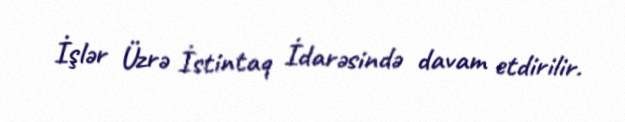
İşlər Üzrə İstintaq İdarəsində davam etdirilir.